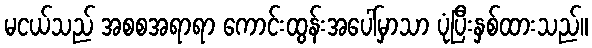
မငယ်သည် အစစအရာရာ ကောင်းထွန်းအပေါ်မှာသာ ပုံပြီးနှစ်ထားသည်။